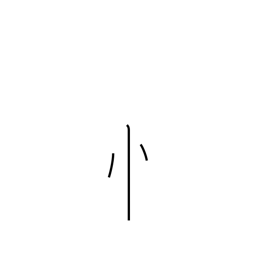
Meaning: standing heart radical variant (no. 61)